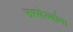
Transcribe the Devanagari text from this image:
उरलेल्यांना